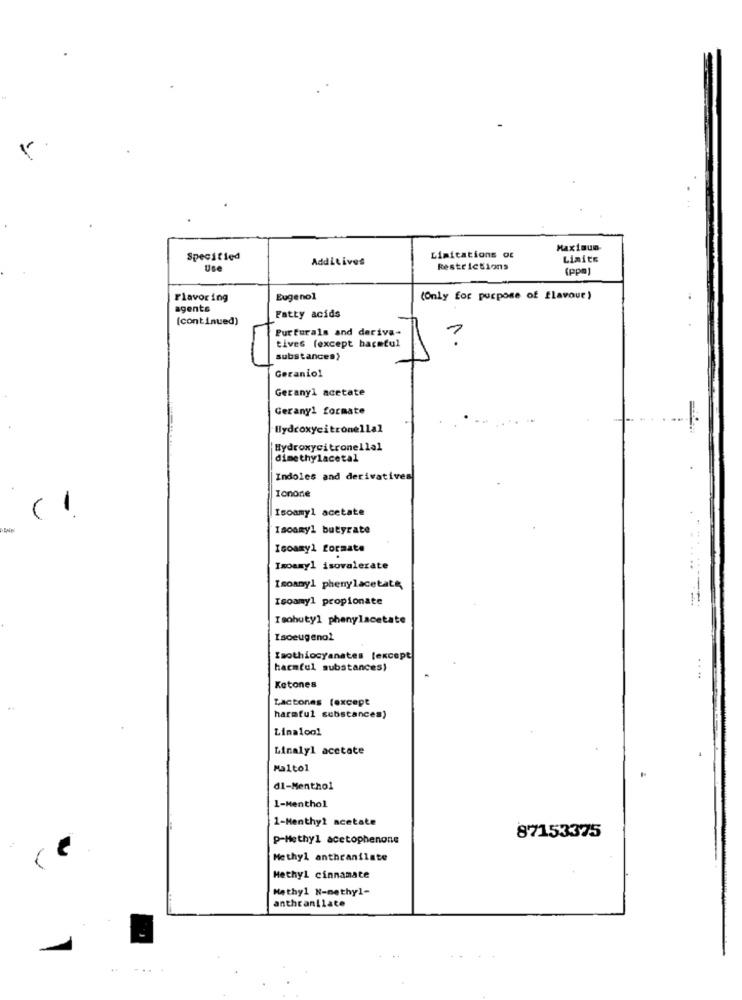
Maximum-
Specified
Additives
Limitations of
Limits
Use
Restrictions
(ppm)
Flavoring
Eugenol
(Only for purpose of flavour)
agents
[continued)
Fatty acids
Purfurals and deriva-
1.
tives (except harmful
substances}
Geranio1
Geranyl acetate
Gerany1 formate
Hydroxycitronellal
Hydroxycitronellal
dimethylacetal
Indoles and derivatives
Ionone
Isoamyl acetate
(1
Isoomyl butyrate
Icoamy1 formate
Isoamyl isovalerate
Isoany1 phenylacetate
Isoamyl propionate
Isobutyl phenylacetate
Isoeugenol
Isothiosyanates (except
harmful substances)
Ketones
Lactones (except
harmful substances)
Linalool
Linalyl acetate
Malto1
di-Menthol
1-Menthol
1-Menthyl acetate
87153375
p-Methyl acetophenone
Methyl anthranilate
Methyl cinnamate
Methyl N-methyl-
anthranilate